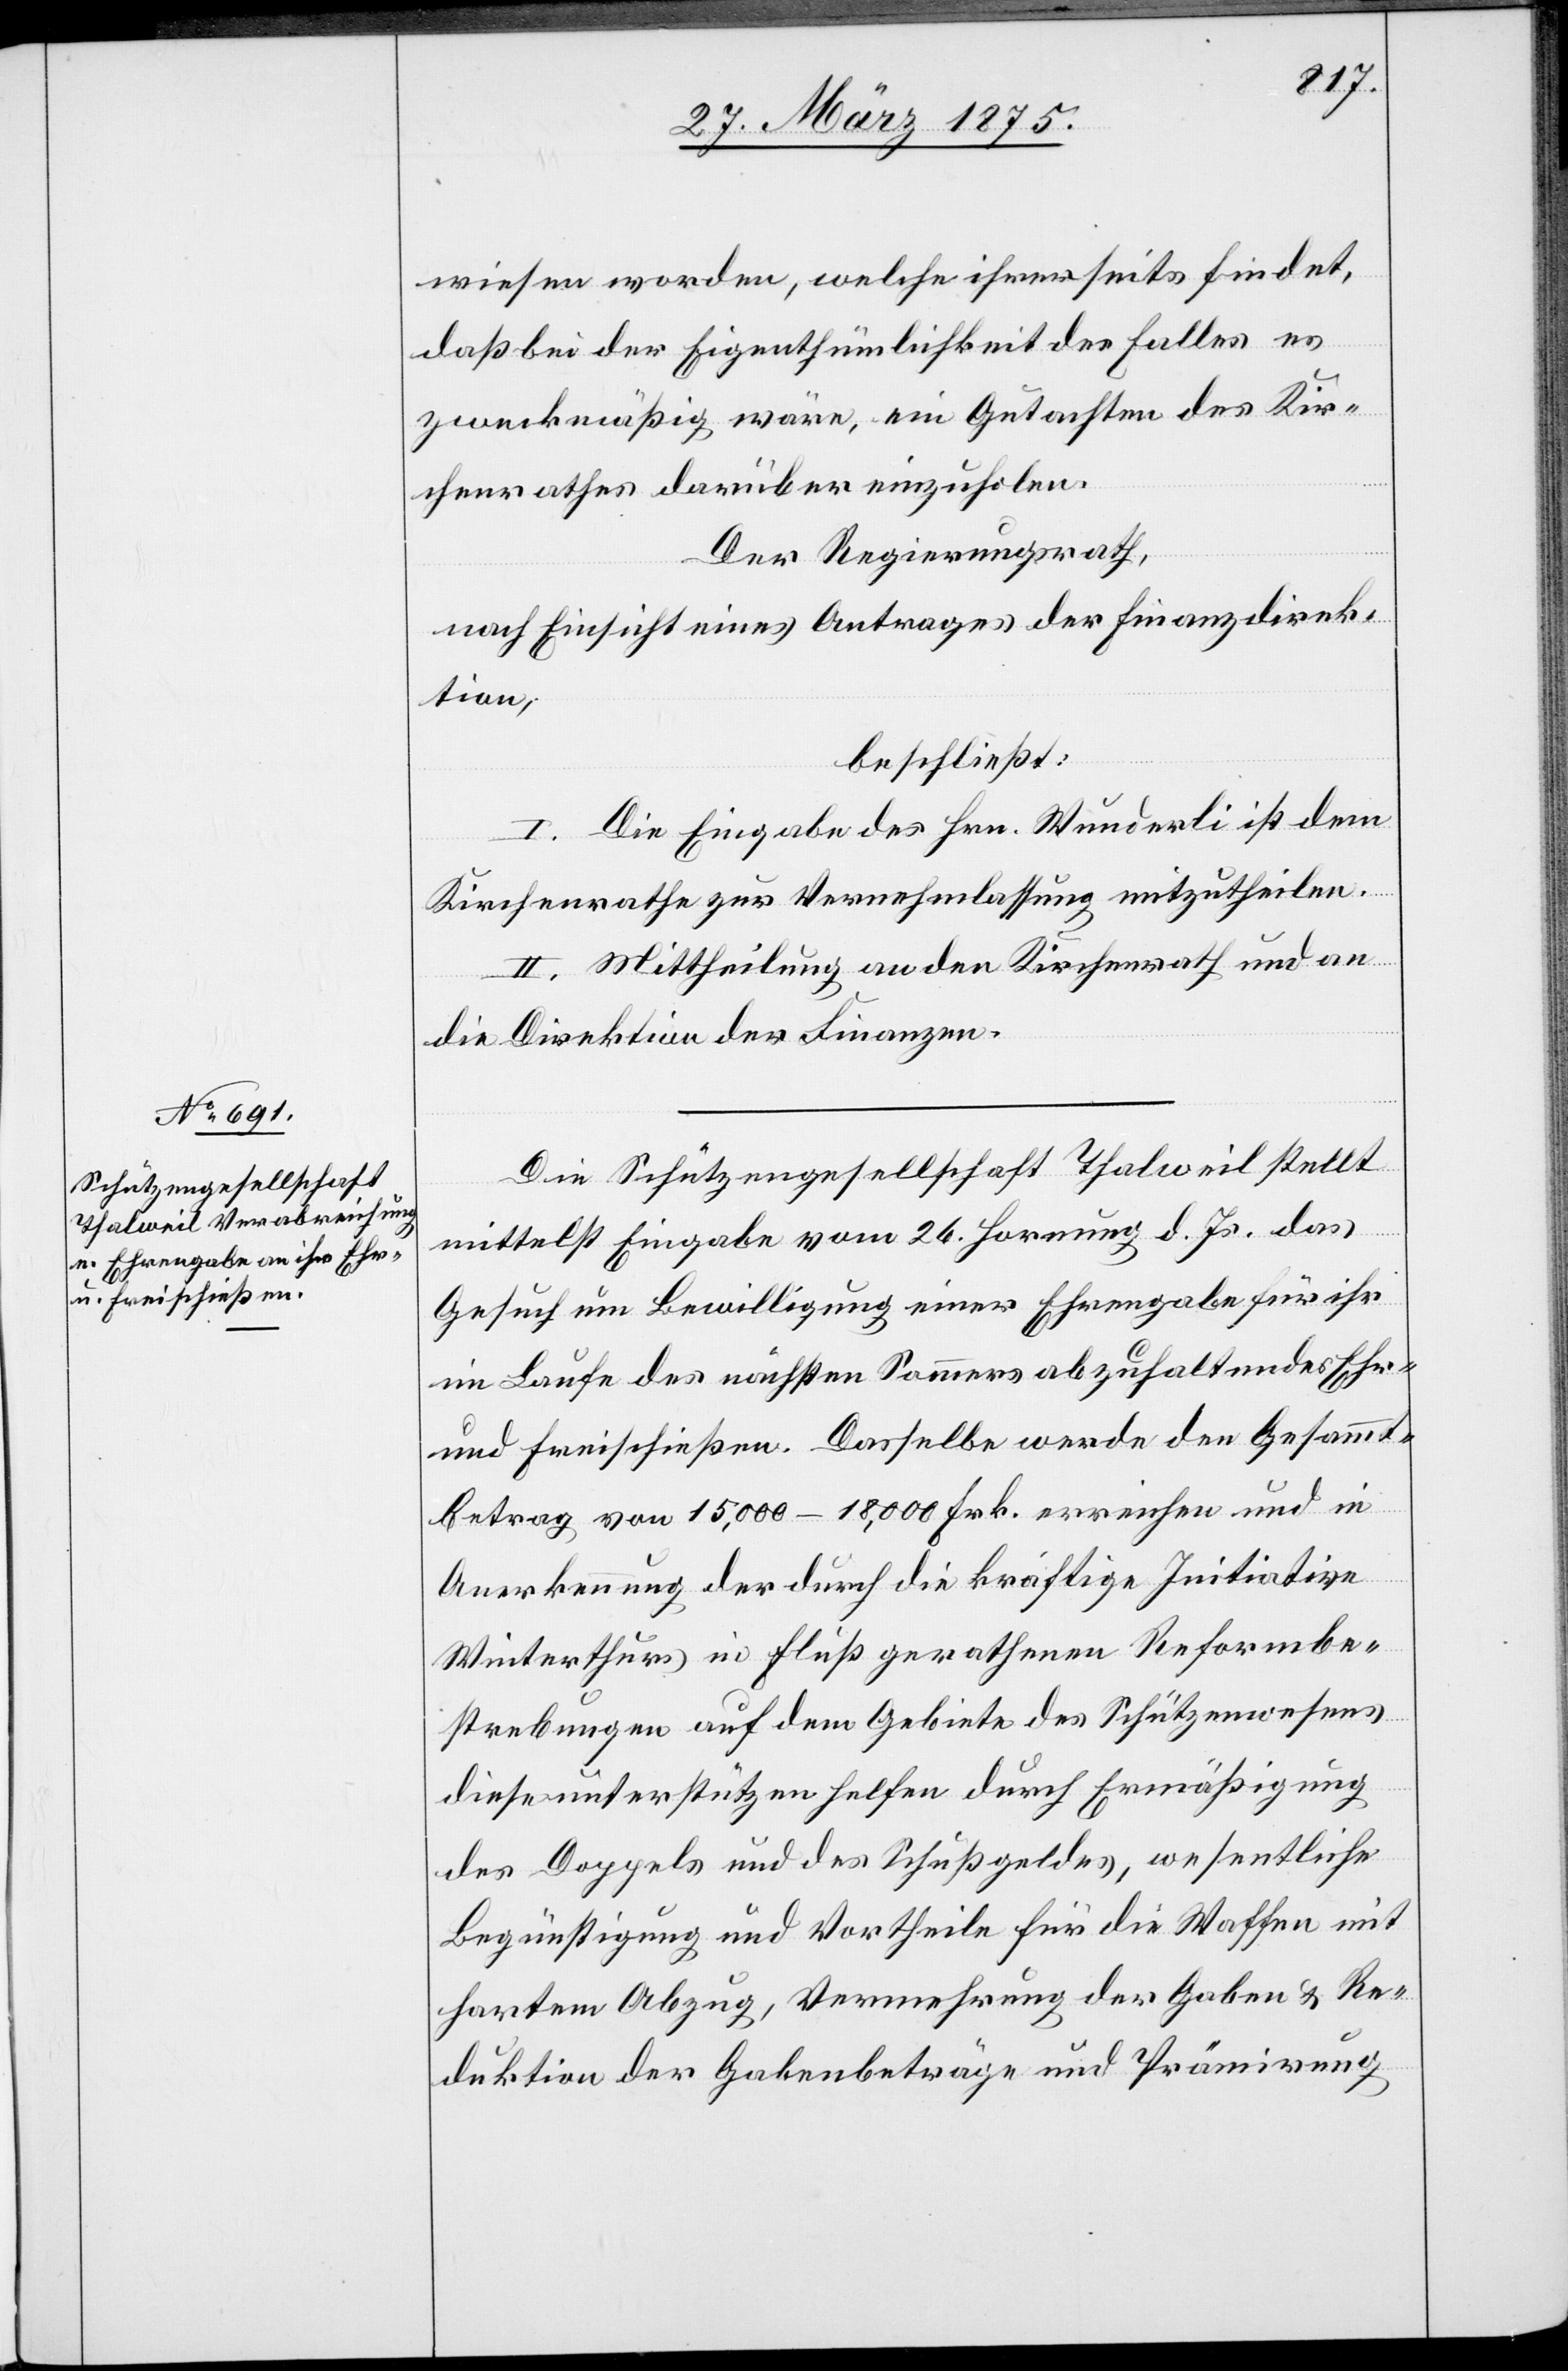
wiesen worden, welche ihrerseits findet,
daß bei der Eigenthümlichkeit des Falles es
zweckmäßig wäre, ein Gutachten des Kir¬
chenrathes darüber einzuholen.
Der Regierungsrath,
nach Einsicht eines Antrages der Finanzdirek¬
tion,
beschließt:
Die Eingabe des Hrn. Wunderli ist dem
I.
Kirchenrathe zur Vernehmlassung mitzutheilen.
II. Mittheilung an den Kirchenrath und an
die Direktion der Finanzen.
Die Schützengesellschaft Thalweil stellt
mittelst Eingabe vom 26. Hornung d. Js. das
Gesuch um Bewilligung einer Ehrengabe für ihr
im Laufe des nächsten Sommers abzuhaltendes Ehr-
und Freischießen. Dasselbe werde den Gesammt¬
betrag von 15,000–18,000 Frk. erreichen und in
Anerkennung der durch die kräftige Initiative
Winterthurs in Fluß gerathene Reformbe¬
strebungen auf dem Gebiete des Schützenwesens
diese unterstützen helfen durch Ermäßigung
des Doppels und des Schußgeldes, wesentliche
Begünstigung und Vortheile für die Waffen mit
hartem Abzug, Vermehrung der Gaben & Re¬
duktion der Gabenbeträgen und Prämirung